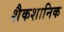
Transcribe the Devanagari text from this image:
शैकशानिक